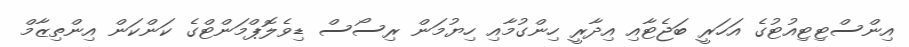
އިންސްޓިޓިއުޓުގެ އަހަރީ ބަޖެޓާއި އިދާރީ ހިންގުމާއި ހިޔުމަން ރިސޯސް ޑިވެލޮޕްމަންޓްގެ ކަންކަން އިންތިޒާމް